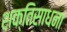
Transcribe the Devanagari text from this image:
शक्तिसाधना